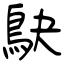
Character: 鴃